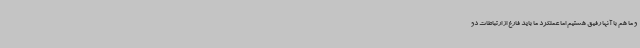
و ما هم با آنها رفیق هستیم اما عملکرد ما باید فارغ از ارتباطات دو